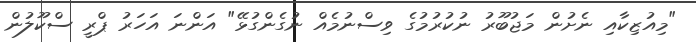
"މިއުޒިކާއި ނެށުން މަޖުބޫރު ނުކުރުމުގެ ވިސްނުމެއް ނުގެންގުޅޭ" އަންނަ އަހަރު ޕްރީ ސްކޫލުން